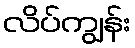
လိပ်ကျွန်း